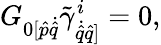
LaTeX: G_{{0}[\hat{p}{\dot{\hat{q}}}}\tilde{\gamma}_{\dot{\hat{q}}{\hat{q}]}}^{i}=0,